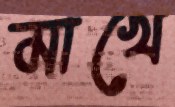
মাখে